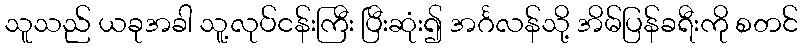
သူသည် ယခုအခါ သူ့လုပ်ငန်းကြီး ပြီးဆုံး၍ အင်္ဂလန်သို့ အိမ်ပြန်ခရီးကို စတင်